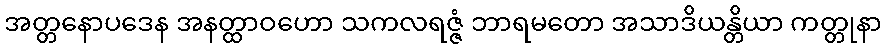
အတ္တနောပဒေန အနတ္ထာဝဟော သကလရဇ္ဇံ ဘာရမတော အသာဒိယန္တိယာ ကတ္တုနာ